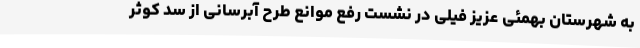
به شهرستان بهمئی عزیز فیلی در نشست رفع موانع طرح آبرسانی از سد کوثر